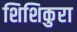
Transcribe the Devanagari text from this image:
शिशिकुरा